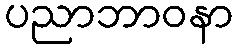
ပညာဘာဝနာ